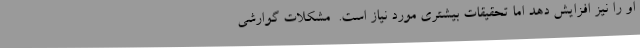
او را نیز افزایش دهد اما تحقیقات بیشتری مورد نیاز است.  مشکلات گوارشی